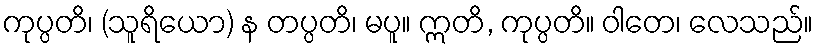
ကုပ္ပတိ၊ (သူရိယော) န တပ္ပတိ၊ မပူ။ ဣတိ, ကုပ္ပတိ။ ဝါတေ၊ လေသည်။